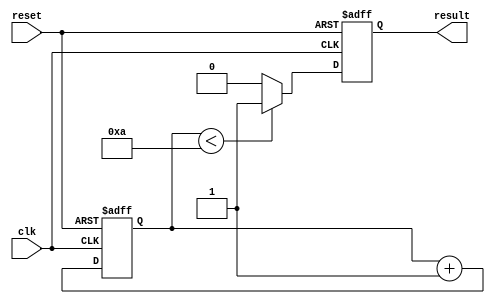
module while_loop_example(
    input wire clk,
    input wire reset,
    output reg result
);

reg [3:0] count;

always @(posedge clk or posedge reset) begin
    if (reset) begin
        count <= 4'b0000;
        result <= 1'b0;
    end else begin
        count <= count + 1;
        if (count < 4'd10) begin
            result <= 1'b1;
        end else begin
            result <= 1'b0;
        end
    end
end

endmodule